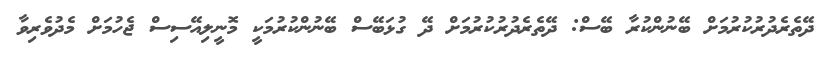
ދޭތެރެދުރުކުރުމަށް ބޭނުންކުރާ ބޭސް: ދޭތެރެދުރުކުރުމަށް ދޭ ގުޅަބޭސް ބޭނުންކުރުމަކީ މޮނީލިއޭސިސް ޖެހުމަށް މެދުވެރިވާ